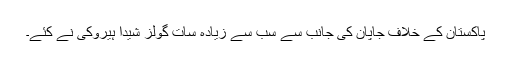
پاکستان کے خلاف جاپان کی جانب سے سب سے زیادہ سات گولز شیدا ہیروکی نے کئے۔